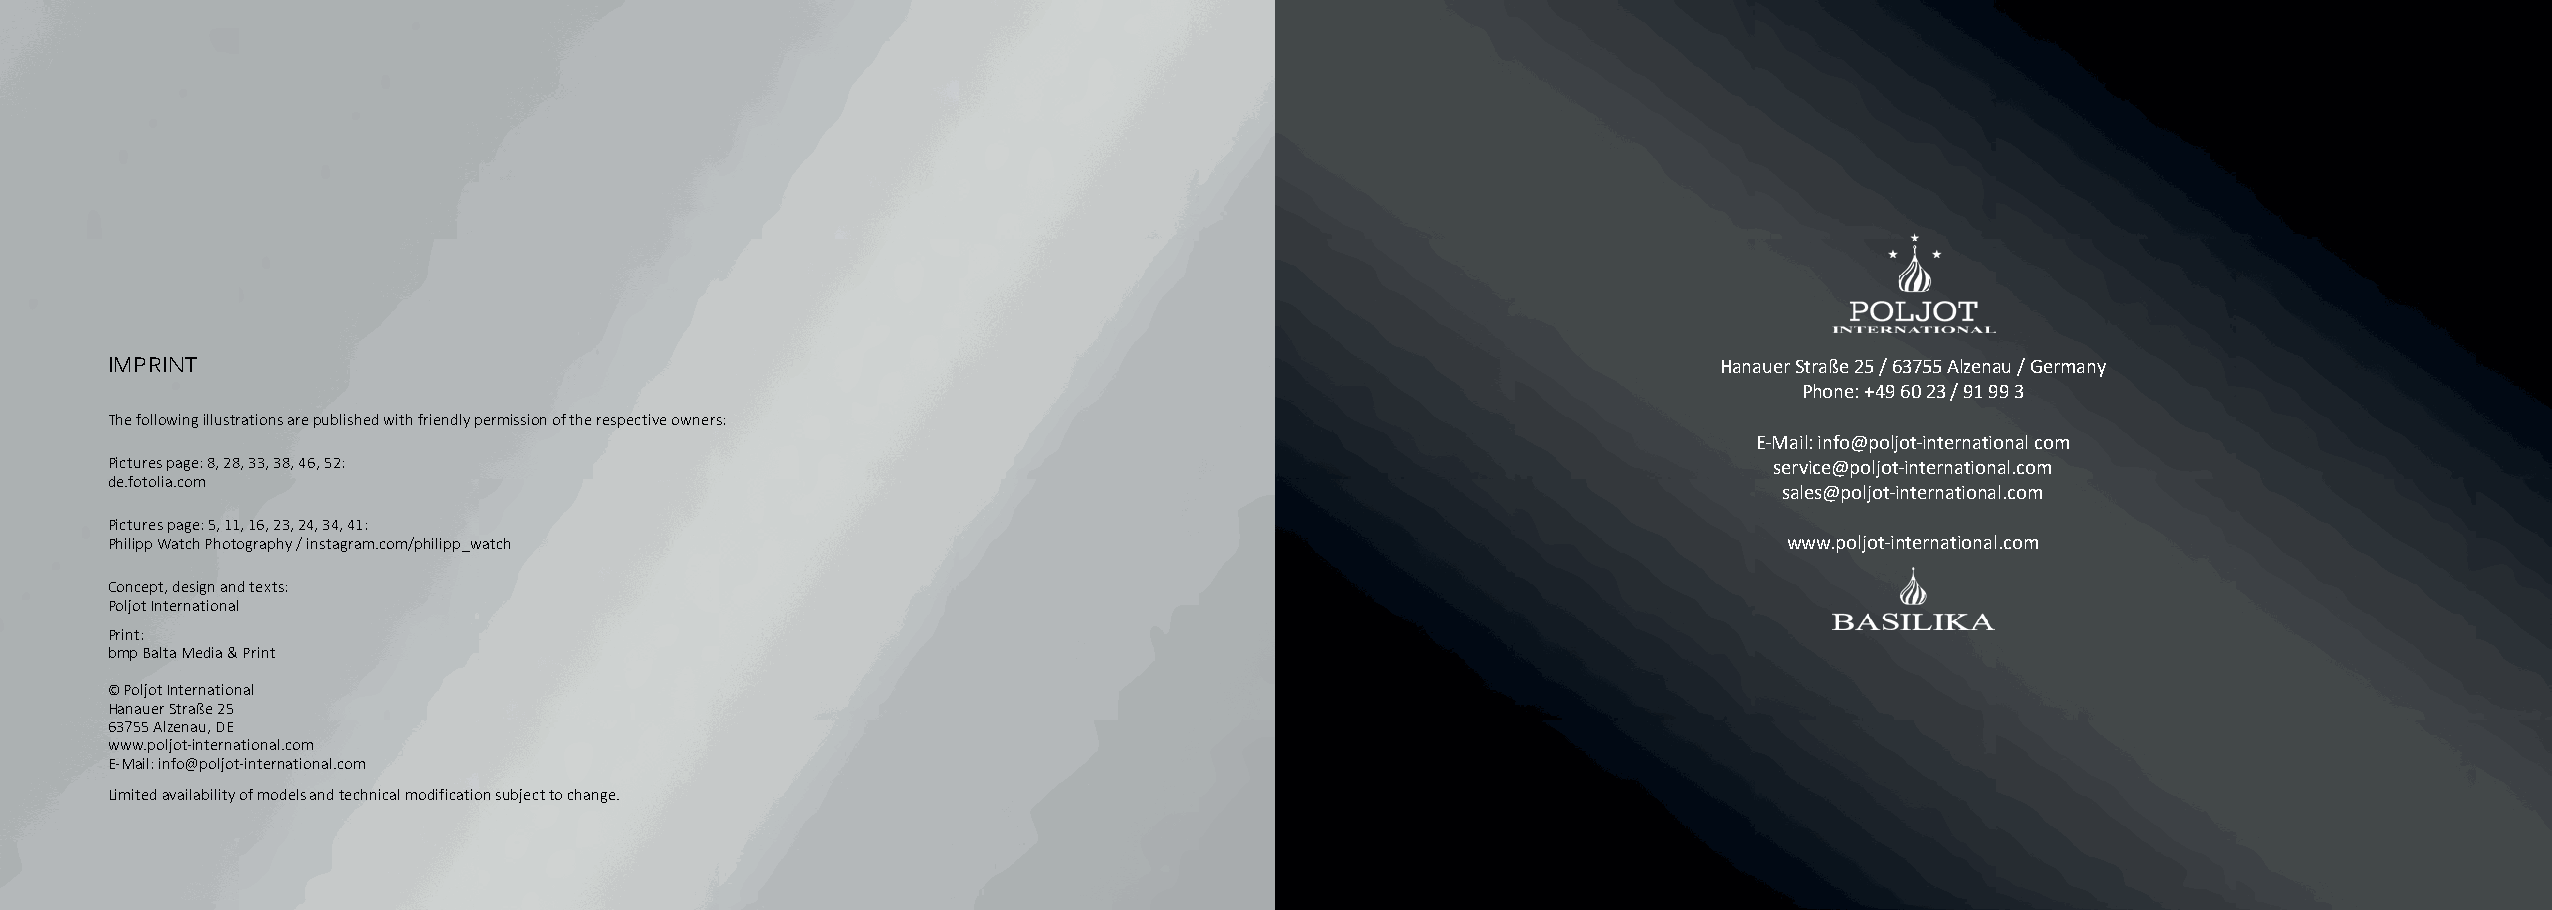
IMPRINT                                                                                                    Hanauer Straße 25 / 63755 Alzenau / Germany
 Phone: +49 60 23 / 91 99 3
 The following illustrations are published with friendly permission of the respective owners:
 E-Mail: info@poljot-international com
 Pictures page: 8, 28, 33, 38, 46, 52:                                                                         service@poljot-international.com
 de.fotolia.com
 sales@poljot-international.com
 Pictures page: 5, 11, 16, 23, 24, 34, 41:
 Philipp Watch Photography / instagram.com/philipp_watch                                                        www.poljot-international.com
 Concept, design and texts:
 Poljot International
 Print:
 bmp Balta Media & Print
 © Poljot International
 Hanauer Straße 25
 63755 Alzenau, DE
 www.poljot-international.com
 E-Mail: info@poljot-international.com
 Limited availability of models and technical modification subject to change.